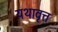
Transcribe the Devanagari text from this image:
यथावृत्त